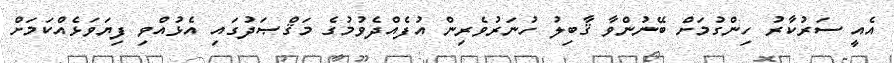
އެއީ ސަރުކާރު ހިންގުމަށް ބޭނުންވާ ޤާބިލު ހުނަރުވެރިން އުފެއްދެވުމުގެ މަޤްޞަދުގައި އެޅުއްވި ފިޔަވަޅެއްކަމަށް